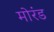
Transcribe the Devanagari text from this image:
मोरंड